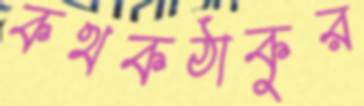
কথকঠাকুর